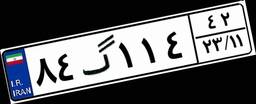
۸۴گ۱۱۴۴۲